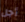
أجل